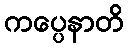
ကပ္ပေနာတိ